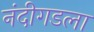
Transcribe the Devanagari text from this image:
नंदीगडला